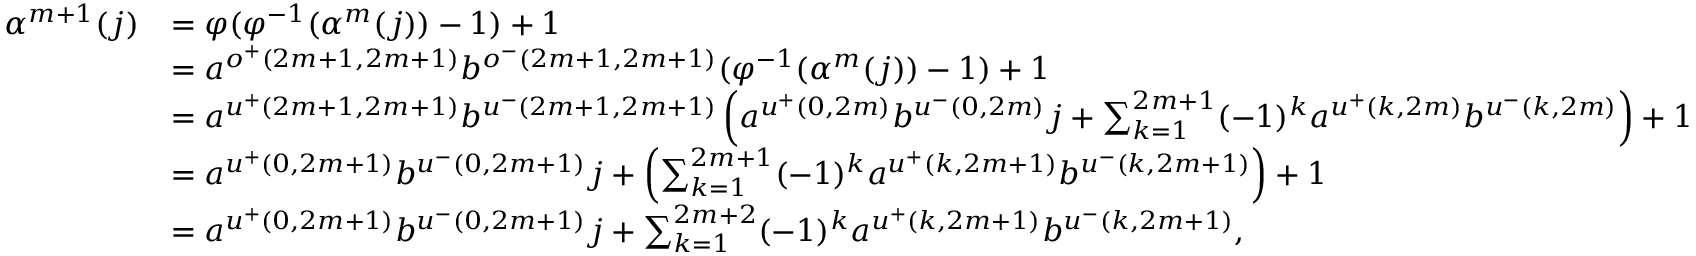
\begin{array} { r l } { \alpha ^ { m + 1 } ( j ) } & { = \varphi ( \varphi ^ { - 1 } ( \alpha ^ { m } ( j ) ) - 1 ) + 1 } \\ & { = a ^ { o ^ { + } ( 2 m + 1 , 2 m + 1 ) } b ^ { o ^ { - } ( 2 m + 1 , 2 m + 1 ) } ( \varphi ^ { - 1 } ( \alpha ^ { m } ( j ) ) - 1 ) + 1 } \\ & { = a ^ { u ^ { + } ( 2 m + 1 , 2 m + 1 ) } b ^ { u ^ { - } ( 2 m + 1 , 2 m + 1 ) } \left( a ^ { u ^ { + } ( 0 , 2 m ) } b ^ { u ^ { - } ( 0 , 2 m ) } j + \sum _ { k = 1 } ^ { 2 m + 1 } ( - 1 ) ^ { k } a ^ { u ^ { + } ( k , 2 m ) } b ^ { u ^ { - } ( k , 2 m ) } \right) + 1 } \\ & { = a ^ { u ^ { + } ( 0 , 2 m + 1 ) } b ^ { u ^ { - } ( 0 , 2 m + 1 ) } j + \left( \sum _ { k = 1 } ^ { 2 m + 1 } ( - 1 ) ^ { k } a ^ { u ^ { + } ( k , 2 m + 1 ) } b ^ { u ^ { - } ( k , 2 m + 1 ) } \right) + 1 } \\ & { = a ^ { u ^ { + } ( 0 , 2 m + 1 ) } b ^ { u ^ { - } ( 0 , 2 m + 1 ) } j + \sum _ { k = 1 } ^ { 2 m + 2 } ( - 1 ) ^ { k } a ^ { u ^ { + } ( k , 2 m + 1 ) } b ^ { u ^ { - } ( k , 2 m + 1 ) } , } \end{array}